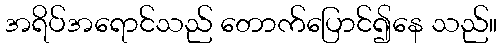
အရိပ်အရောင်သည် တောက်ပြောင်၍နေ သည်။